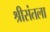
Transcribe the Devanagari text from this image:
श्रीसंतला